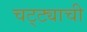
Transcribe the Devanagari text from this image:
चट्ट्याची